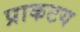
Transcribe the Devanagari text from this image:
प्राकटय